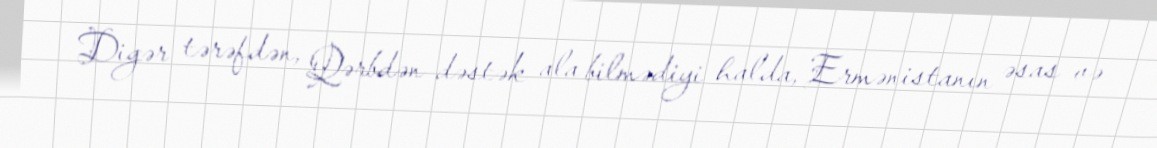
Digər tərəfdən, Qərbdən dəstək ala bilmədiyi halda, Ermənistanın əsas və